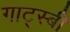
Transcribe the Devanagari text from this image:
गाट्स्बी